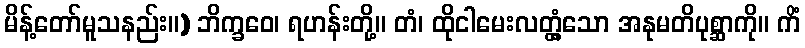
မိန့်တော်မူသနည်း။) ဘိက္ခဝေ၊ ရဟန်းတို့။ တံ၊ ထိုငါမေးလတ္တံ့သော အနုမတိပုစ္ဆာကို။ ကိံ